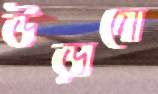
উড়ানো